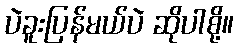
ပဲခူးပြန်မယ်ပဲ ဆိုပါစို့။